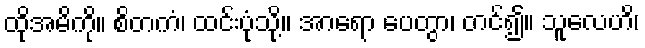
ထိုအမိကို။ စိတကံ၊ ထင်းပုံသို့။ အာရော ပေတွာ၊ တင်၍။ သူလေဟိ၊